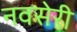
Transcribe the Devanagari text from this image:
नवसेरी